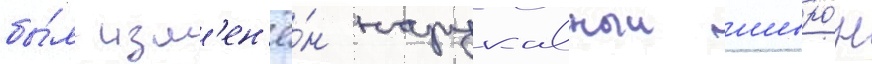
бы́л изм'ен'ё́н нарукавныи шевро́н